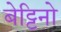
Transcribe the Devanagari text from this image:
बेट्टिनो